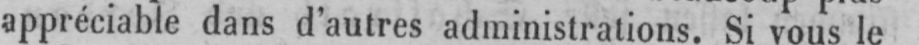
appréciable dans d’autres administrations. Si vous le